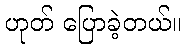
ဟုတ် ပြောခဲ့တယ်။